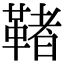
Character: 𩋵